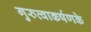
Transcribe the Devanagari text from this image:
गुरुत्वाकर्षणके